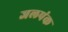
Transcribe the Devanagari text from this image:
जलपंक